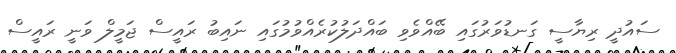
ސައުދީ ރިޔާސީ ގަނޑުވަރުގައި ބޭއްވެވި ބައްދަލުކުރެއްވުމުގައި ނައިބު ރައީސް ޖަމީލް ވަނީ ރައީސް